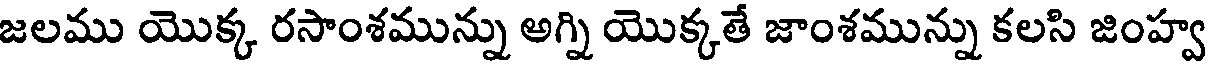
జలము యొక్క రసాంశమున్ను అగ్ని యొక్కతే జాంశమున్ను కలసి జింహ్వ